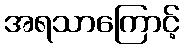
အရသာကြောင့်